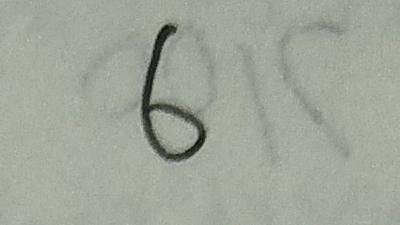
6